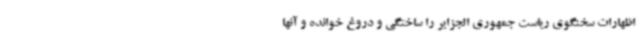
اظهارات سخنگوی ریاست جمهوری الجزایر را ساختگی و دروغ خوانده و آنها